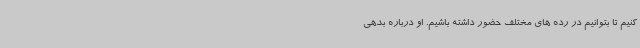
کنیم تا بتوانیم در رده های مختلف حضور داشته باشیم. او درباره بدهی